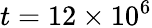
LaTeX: t=12\times 10^{6}